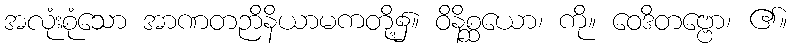
အလုံးစုံသော အာဏတဉာိနိယာမကတို့၌။ ဝိနိစ္ဆယော၊ ကို။ ဝေဒိတဗ္ဗော၊ ၏။